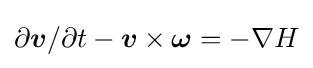
\partial {\boldsymbol {v}}/\partial t-{\boldsymbol {v}}\times {\boldsymbol {\omega }}=-\nabla H